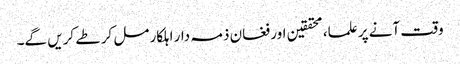
وقت آنے پر علما، محققین اور فغان ذمہ دار اہلکار مل کر طے کریں گے۔